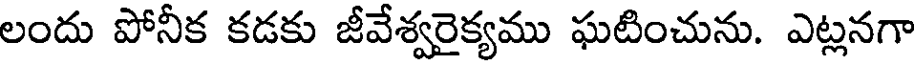
లందు పోనీక కడకు జీవేశ్వరైక్యము ఘటించును. ఎట్లనగా